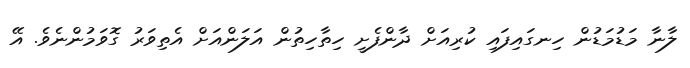
ލާނާ މަޑުމަޑުން ހިނގައިފައި ކުރިއަށް ދާންފެށީ ހިތާހިތުން އަލަންއަށް އެތިވަރު ގޮވަމުންނެވެ. އޭ